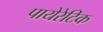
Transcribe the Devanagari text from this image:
पायेरेटिक